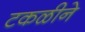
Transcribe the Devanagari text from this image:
टकळीने